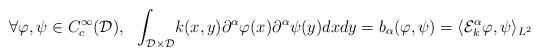
LaTeX: \begin{align*}\forall \varphi,\psi \in C_c^{\infty}(\mathcal{D}), \ \ \int_{\mathcal{D}\times\mathcal{D}}&k(x,y)\partial^{\alpha}\varphi(x)\partial^{\alpha}\psi(y)dxdy = b_{\alpha}(\varphi,\psi) = \langle \mathcal{E}_k^{\alpha}\varphi,\psi\rangle_{L^2}\end{align*}